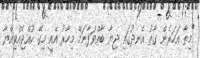
"މިތާ އަހަރެން ގާތު އެނދުގައި ޖިޔާ ބާއްވަފާނަމޭ މިހާރު އެއީ މިގޭ ކުއްޖެއްވިއްޔާ